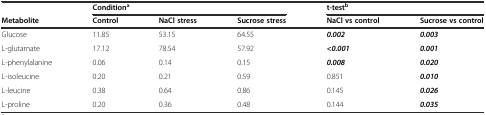
<table><thead><tr><td></td><td colspan="3"><b>Condition<sup>a</sup></b></td><td colspan="2"><b>t-test<sup>b</sup></b></td></tr><tr><td><b>Metabolite</b></td><td><b>Control</b></td><td><b>NaCl stress</b></td><td><b>Sucrose stress</b></td><td><b>NaCl vs control</b></td><td><b>Sucrose vs control</b></td></tr></thead><tbody><tr><td>Glucose</td><td>11.85</td><td>53.15</td><td>64.55</td><td><b><i>0.002</i></b></td><td><b><i>0.003</i></b></td></tr><tr><td>L-glutamate</td><td>17.12</td><td>78.54</td><td>57.92</td><td><b><i>&lt;0.001</i></b></td><td><b><i>0.001</i></b></td></tr><tr><td>L-phenylalanine</td><td>0.06</td><td>0.14</td><td>0.15</td><td><b><i>0.008</i></b></td><td><b><i>0.020</i></b></td></tr><tr><td>L-isoleucine</td><td>0.20</td><td>0.21</td><td>0.59</td><td>0.851</td><td><b><i>0.010</i></b></td></tr><tr><td>L-leucine</td><td>0.38</td><td>0.64</td><td>0.86</td><td>0.145</td><td><b><i>0.026</i></b></td></tr><tr><td>L-proline</td><td>0.20</td><td>0.36</td><td>0.48</td><td>0.144</td><td><b><i>0.035</i></b></td></tr></tbody></table>